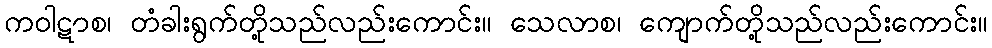
ကဝါဋာစ၊ တံခါးရွက်တို့သည်လည်းကောင်း။ သေလာစ၊ ကျောက်တို့သည်လည်းကောင်း။